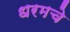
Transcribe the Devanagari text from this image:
धरमचे